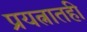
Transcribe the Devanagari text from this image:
प्रयत्नातही